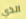
الذي